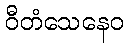
ဝီတံသေနေဝ